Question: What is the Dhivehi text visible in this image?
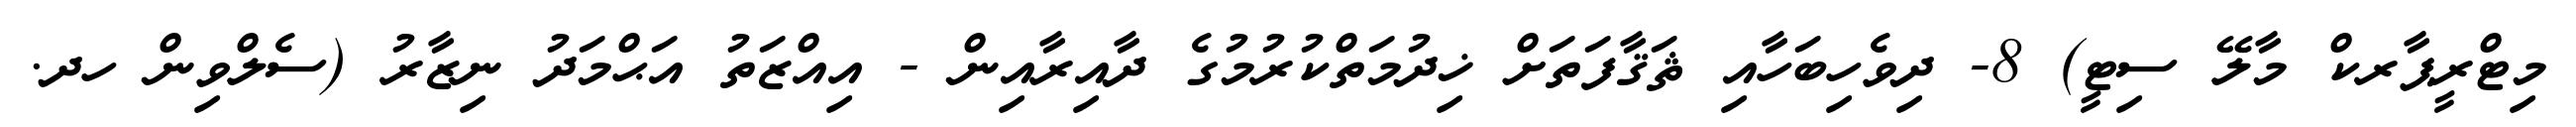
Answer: މިޓްރީޕާރކް މާލޭ ސިޓީ) 8- ދިވެހިބަހާއި ޘަޤާފަތަށް ޚިދުމަތްކުރުމުގެ ދާއިރާއިން - އިއްޒަތު އަޙްމަދު ނިޒާރު (ސެލްވިން ހދ.